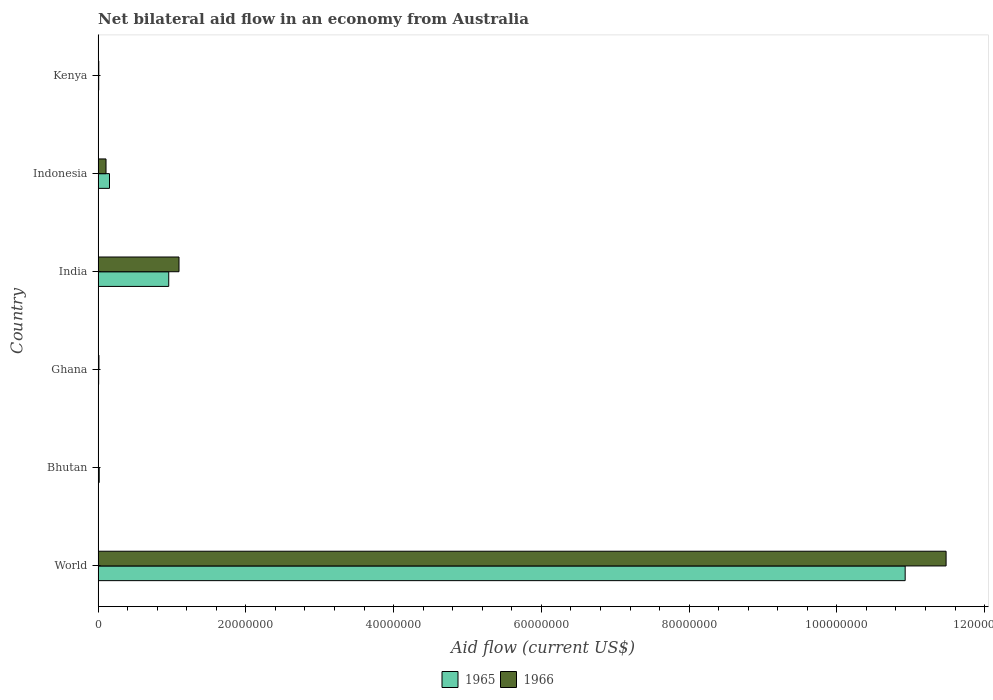
| Country | 1965 | 1966 |
 | --- | --- | --- |
 | World | 1.09e+08 | 1.15e+08 |
 | Bhutan | 1.5e+05 | 2e+04 |
 | Ghana | 7e+04 | 1.1e+05 |
 | India | 9.56e+06 | 1.1e+07 |
 | Indonesia | 1.54e+06 | 1.07e+06 |
 | Kenya | 8e+04 | 9e+04 |